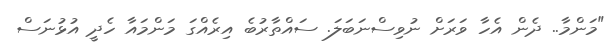
"މަންމާ.. ދެން އެހާ ވަރަށް ނުވިސްނަބަލަ. ސައްތާރުބެ އިރެއްގަ މަންމައާ ހެދީ އުޅުނަސް